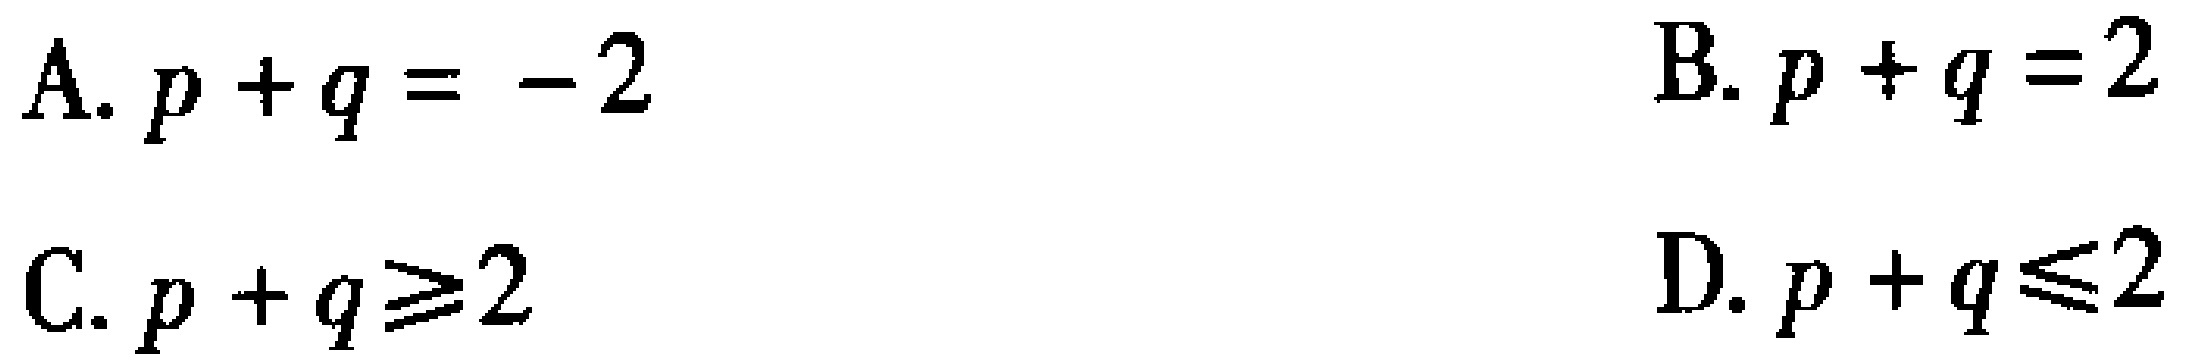
A. \(p + q = - 2\)

B. \(p + q = 2\)

C. \(p + q \geq 2\)

D. \(p + q \leq 2\)